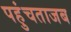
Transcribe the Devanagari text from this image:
पहुंचताजब